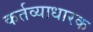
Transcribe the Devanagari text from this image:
कर्तव्याधारक